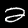
Label: 2